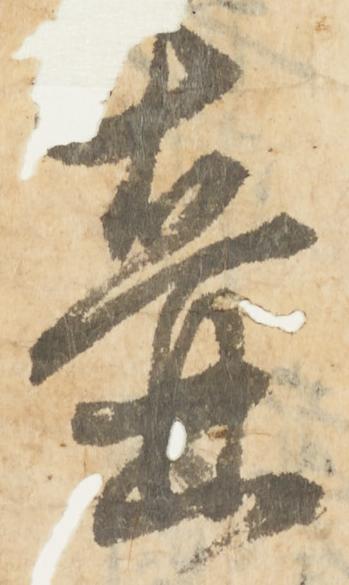
壺